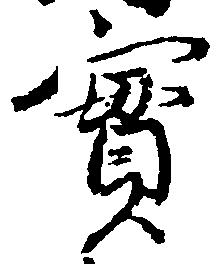
実